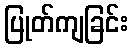
ပြုတ်ကျခြင်း